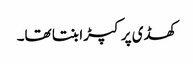
کھڈی پر کپڑا بنتا تھا۔